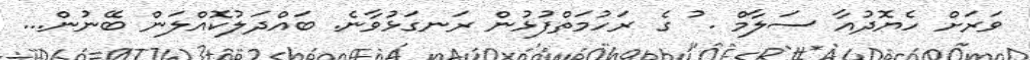
ވަރަށް ހެޔޮދުއާ ސަލާމް . ު ގެ ރަހުމަތްފުޅުން ރަނގަޅުވާނެ. ބައްދަލުކޮއްލަން ބޭނުން...